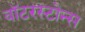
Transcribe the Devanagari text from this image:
वॉटरस्टोन्स